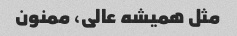
مثل همیشه عالی، ممنون